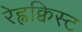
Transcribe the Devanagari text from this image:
रेह्नक्विस्ट